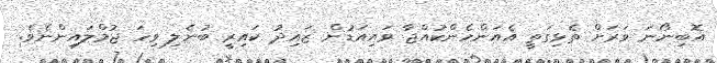
އޮބިނޯނަ ވަރަށް ތެޅިގަތީ އެއަންހެންކުއްޖާ ވައިއަޑުން ޒައިދު ކައިރީ ބުނެލި ވިހަ ޖުމްލައިންނެވެ.